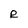
Character: R